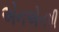
એનએનપી